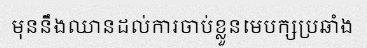
មុននឹងឈានដល់ការចាប់ខ្លួនមេបក្សប្រឆាំង